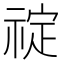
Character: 𬓆